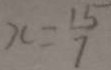
x = \frac { 1 5 } { 7 }